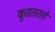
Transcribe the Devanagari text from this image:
कुडतरले